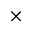
\times